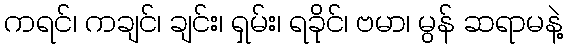
ကရင်၊ ကချင်၊ ချင်း၊ ရှမ်း၊ ရခိုင်၊ ဗမာ၊ မွန် ဆရာမနဲ့